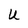
Character: U